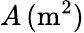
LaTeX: A\, (\mathrm m^{2})